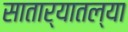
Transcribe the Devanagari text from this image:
सातार्‍यातल्या